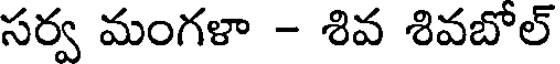
సర్వ మంగళా - శివ శివబోల్